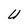
Character: U